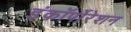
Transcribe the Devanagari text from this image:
इंकॉर्पोरेशन